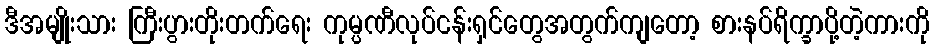
ဒီအမျိုးသား ကြီးပွားတိုးတက်ရေး ကုမ္ပဏီလုပ်ငန်းရှင်တွေအတွက်ကျတော့ စားနပ်ရိက္ခာပို့တဲ့ကားကို